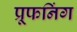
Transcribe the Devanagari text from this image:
प्रूफनिंग